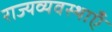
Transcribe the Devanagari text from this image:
राज्यव्यवस्थाएँ